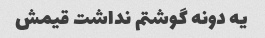
یه دونه گوشتم نداشت قیمش